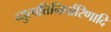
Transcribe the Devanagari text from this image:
व्युत्पत्तिनिर्धारिणादि